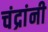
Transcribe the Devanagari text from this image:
चंद्रांनी